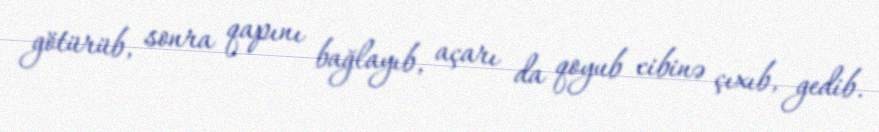
götürüb, sonra qapını bağlayıb, açarı da qoyub cibinə çıxıb, gedib.